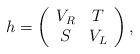
LaTeX: \begin{align*}h = \left( \begin{array}{cc} V_R & T \\ S & V_L \end{array} \right),\end{align*}